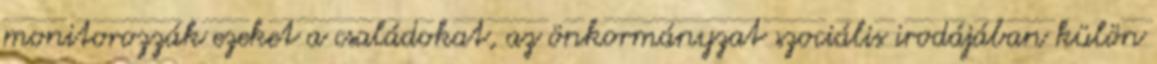
monitorozzák ezeket a családokat, az önkormányzat szociális irodájában külön